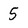
Character: 5